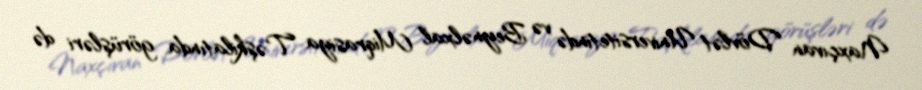
Naxçıvan Dövlət Universitetində və Beynəlxal Miqrasiya Təşkilatında görüşləri də